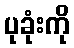
ပုခုံးကို